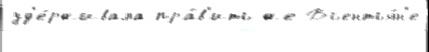
уд'е́рживала пра́в'ить же Вьентья́н'е